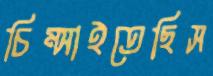
চিম্‌সাইতেছিস